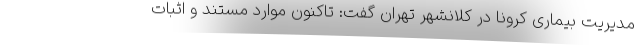
مدیریت بیماری کرونا در کلانشهر تهران گفت: تاکنون موارد مستند و اثبات